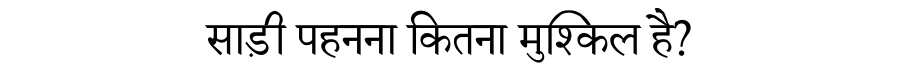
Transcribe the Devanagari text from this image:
साड़ी पहनना कितना मुश्किल है?